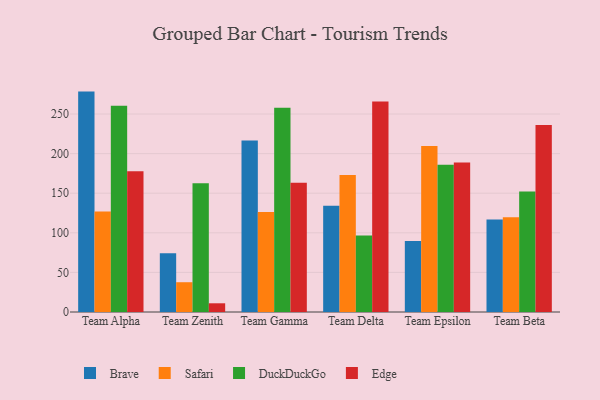
{"axis": {"x": "Team", "y": "Website Visitors"}, "legend": ["Brave", "DuckDuckGo", "Edge", "Safari"], "data": [{"x": "Team Alpha", "y": 278.3, "type": "Brave"}, {"x": "Team Alpha", "y": 126.9, "type": "Safari"}, {"x": "Team Alpha", "y": 260.5, "type": "DuckDuckGo"}, {"x": "Team Alpha", "y": 177.7, "type": "Edge"}, {"x": "Team Zenith", "y": 74.3, "type": "Brave"}, {"x": "Team Zenith", "y": 37.6, "type": "Safari"}, {"x": "Team Zenith", "y": 162.6, "type": "DuckDuckGo"}, {"x": "Team Zenith", "y": 11.0, "type": "Edge"}, {"x": "Team Gamma", "y": 216.4, "type": "Brave"}, {"x": "Team Gamma", "y": 126.3, "type": "Safari"}, {"x": "Team Gamma", "y": 258.0, "type": "DuckDuckGo"}, {"x": "Team Gamma", "y": 163.3, "type": "Edge"}, {"x": "Team Delta", "y": 134.3, "type": "Brave"}, {"x": "Team Delta", "y": 173.0, "type": "Safari"}, {"x": "Team Delta", "y": 96.6, "type": "DuckDuckGo"}, {"x": "Team Delta", "y": 265.7, "type": "Edge"}, {"x": "Team Epsilon", "y": 89.8, "type": "Brave"}, {"x": "Team Epsilon", "y": 209.5, "type": "Safari"}, {"x": "Team Epsilon", "y": 186.0, "type": "DuckDuckGo"}, {"x": "Team Epsilon", "y": 188.7, "type": "Edge"}, {"x": "Team Beta", "y": 116.9, "type": "Brave"}, {"x": "Team Beta", "y": 119.7, "type": "Safari"}, {"x": "Team Beta", "y": 152.3, "type": "DuckDuckGo"}, {"x": "Team Beta", "y": 236.1, "type": "Edge"}]}